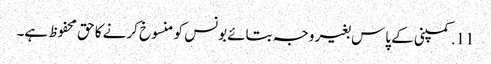
11. کمپنی کے پاس بغیر وجہ بتائے بونس کو منسوخ کرنے کا حق محفوظ ہے۔